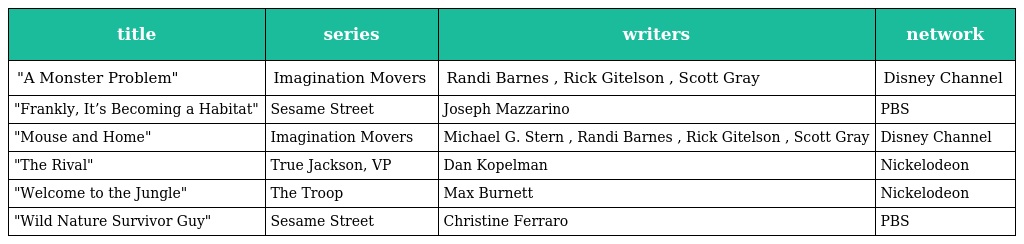
| title | series | writers | network |
 | --- | --- | --- | --- |
 | "A Monster Problem" | Imagination Movers | Randi Barnes , Rick Gitelson , Scott Gray | Disney Channel |
 | "Frankly, It’s Becoming a Habitat" | Sesame Street | Joseph Mazzarino | PBS |
 | "Mouse and Home" | Imagination Movers | Michael G. Stern , Randi Barnes , Rick Gitelson , Scott Gray | Disney Channel |
 | "The Rival" | True Jackson, VP | Dan Kopelman | Nickelodeon |
 | "Welcome to the Jungle" | The Troop | Max Burnett | Nickelodeon |
 | "Wild Nature Survivor Guy" | Sesame Street | Christine Ferraro | PBS |